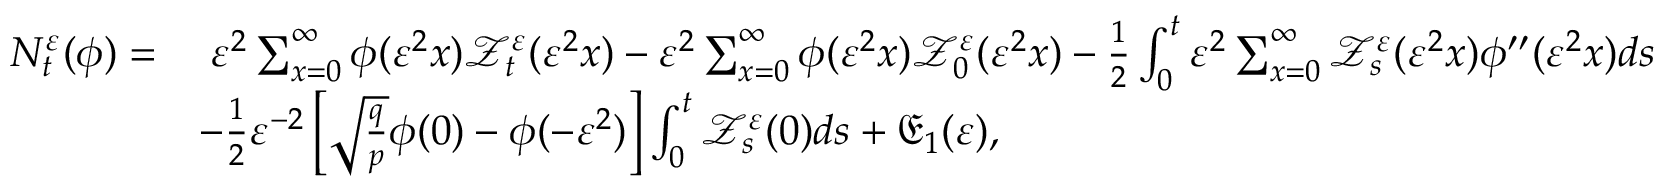
\begin{array} { r l } { N _ { t } ^ { \varepsilon } ( \phi ) = } & { \; \varepsilon ^ { 2 } \sum _ { x = 0 } ^ { \infty } \phi ( \varepsilon ^ { 2 } x ) \mathscr { Z } _ { t } ^ { \varepsilon } ( \varepsilon ^ { 2 } x ) - \varepsilon ^ { 2 } \sum _ { x = 0 } ^ { \infty } \phi ( \varepsilon ^ { 2 } x ) \mathscr { Z } _ { 0 } ^ { \varepsilon } ( \varepsilon ^ { 2 } x ) - \frac { 1 } { 2 } \int _ { 0 } ^ { t } \varepsilon ^ { 2 } \sum _ { x = 0 } ^ { \infty } \mathscr { Z } _ { s } ^ { \varepsilon } ( \varepsilon ^ { 2 } x ) \phi ^ { \prime \prime } ( \varepsilon ^ { 2 } x ) d s } \\ & { - \frac { 1 } { 2 } \varepsilon ^ { - 2 } \left[ \sqrt { \frac { q } { p } } \phi ( 0 ) - \phi ( - \varepsilon ^ { 2 } ) \right] \int _ { 0 } ^ { t } \mathscr { Z } _ { s } ^ { \varepsilon } ( 0 ) d s + \mathfrak { E } _ { 1 } ( \varepsilon ) , } \end{array}